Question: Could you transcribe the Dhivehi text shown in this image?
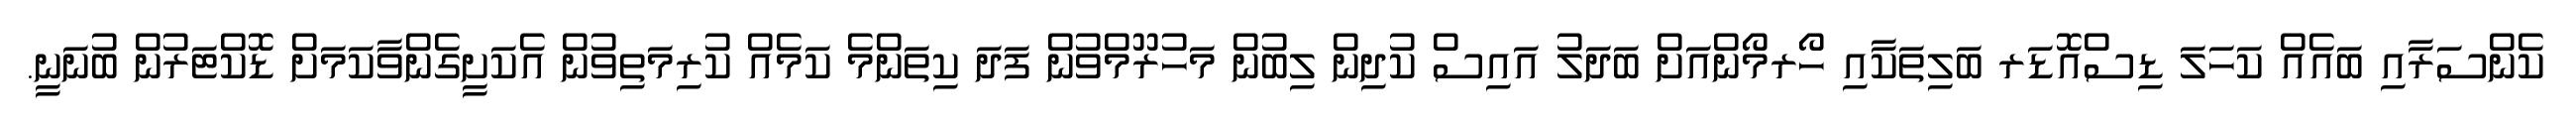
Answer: ކެންސަރާއި ބައެއް ކަހަލަ ޑިސްއޮޑަރ ބަލިތަކާއި ހޯރމޯންއަށް ބަދަލު އައިސް ކުދިން ލިބުން މަހުރޫމްވުން ފަދަ ކިތަންމެ ކަމެއް ކުރިމަތިވުން އެކަށީގެންވާކަމަށް ޑޮކްޓަރުން ބުނަނީ.